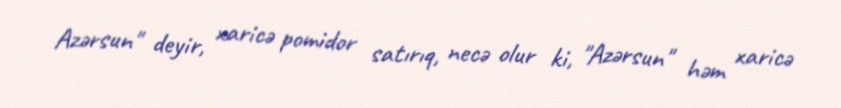
Azərsun" deyir, xaricə pomidor satırıq, necə olur ki, "Azərsun" həm xaricə